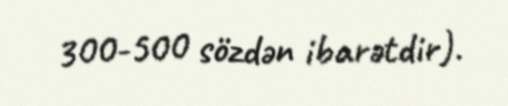
300-500 sözdən ibarətdir).